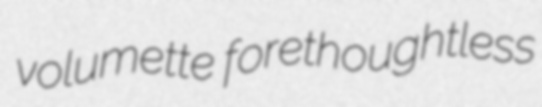
volumette forethoughtless